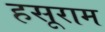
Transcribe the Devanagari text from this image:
हसूराम